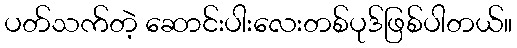
ပတ်သက်တဲ့ ဆောင်းပါးလေးတစ်ပုဒ်ဖြစ်ပါတယ်။